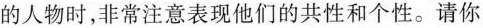
的人物时，非常注意表现他们的共性和个性。请你